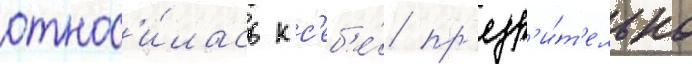
относ'и́лась к с'еб'е́ пр'езр'и́т'ельно